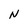
Character: N